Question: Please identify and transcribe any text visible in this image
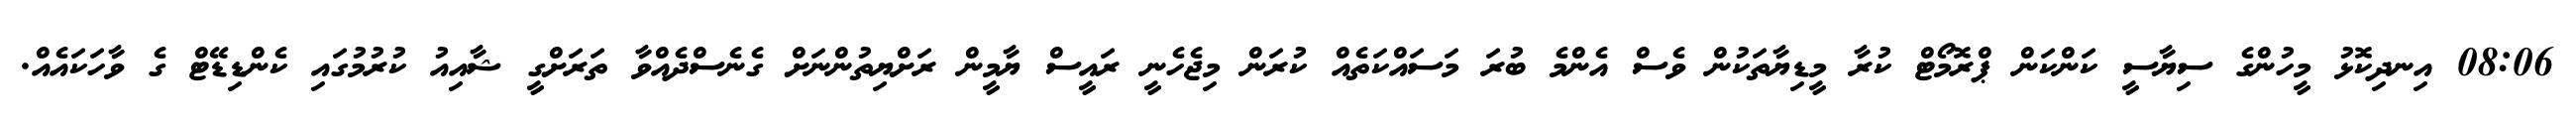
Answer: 08:06 އިނދިކޮޅު މީހުންގެ ސިޔާސީ ކަންކަން ޕްރޮމޯޓް ކުރާ މީޑިޔާތަކުން ވެސް އެންމެ ބުރަ މަސައްކަތެއް ކުރަން މިޖެހެނީ ރައީސް ޔާމީން ރަށްޔިތުންނަށް ގެނެސްދެއްވާ ތަރަށްގީ ޝާއިއު ކުރުމުގައި ކެންޑިޑޭޓް ގެ ވާހަކައެއް.